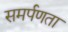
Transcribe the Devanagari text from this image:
समर्पणता